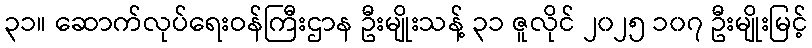
၃၁။ ဆောက်လုပ်ရေးဝန်ကြီးဌာန ဦးမျိုးသန့် ၃၁ ဇူလိုင် ၂၀၂၅ ၁၀၇ ဦးမျိုးမြင့်